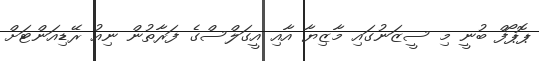
ޕޮޕޯފް ބުނީ މި ސީޒަނުގައި މާޒިޔާ އާއި އީގަލްސްގެ ފަރާތުން ނިއު ރޭޑިއަންޓަށް